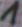
Text: 1